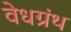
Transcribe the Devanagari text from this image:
वेधग्रंथ